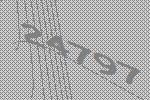
24797